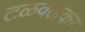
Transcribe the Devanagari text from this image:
टळवलकर